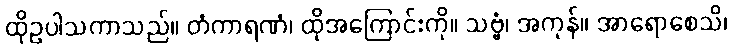
ထိုဥပါသကာသည်။ တံကာရဏံ၊ ထိုအကြောင်းကို။ သဗ္ဗံ၊ အကုန်။ အာရောစေသိ၊